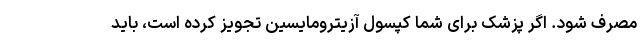
مصرف شود. اگر پزشک برای شما کپسول آزیترومایسین تجویز کرده است، باید